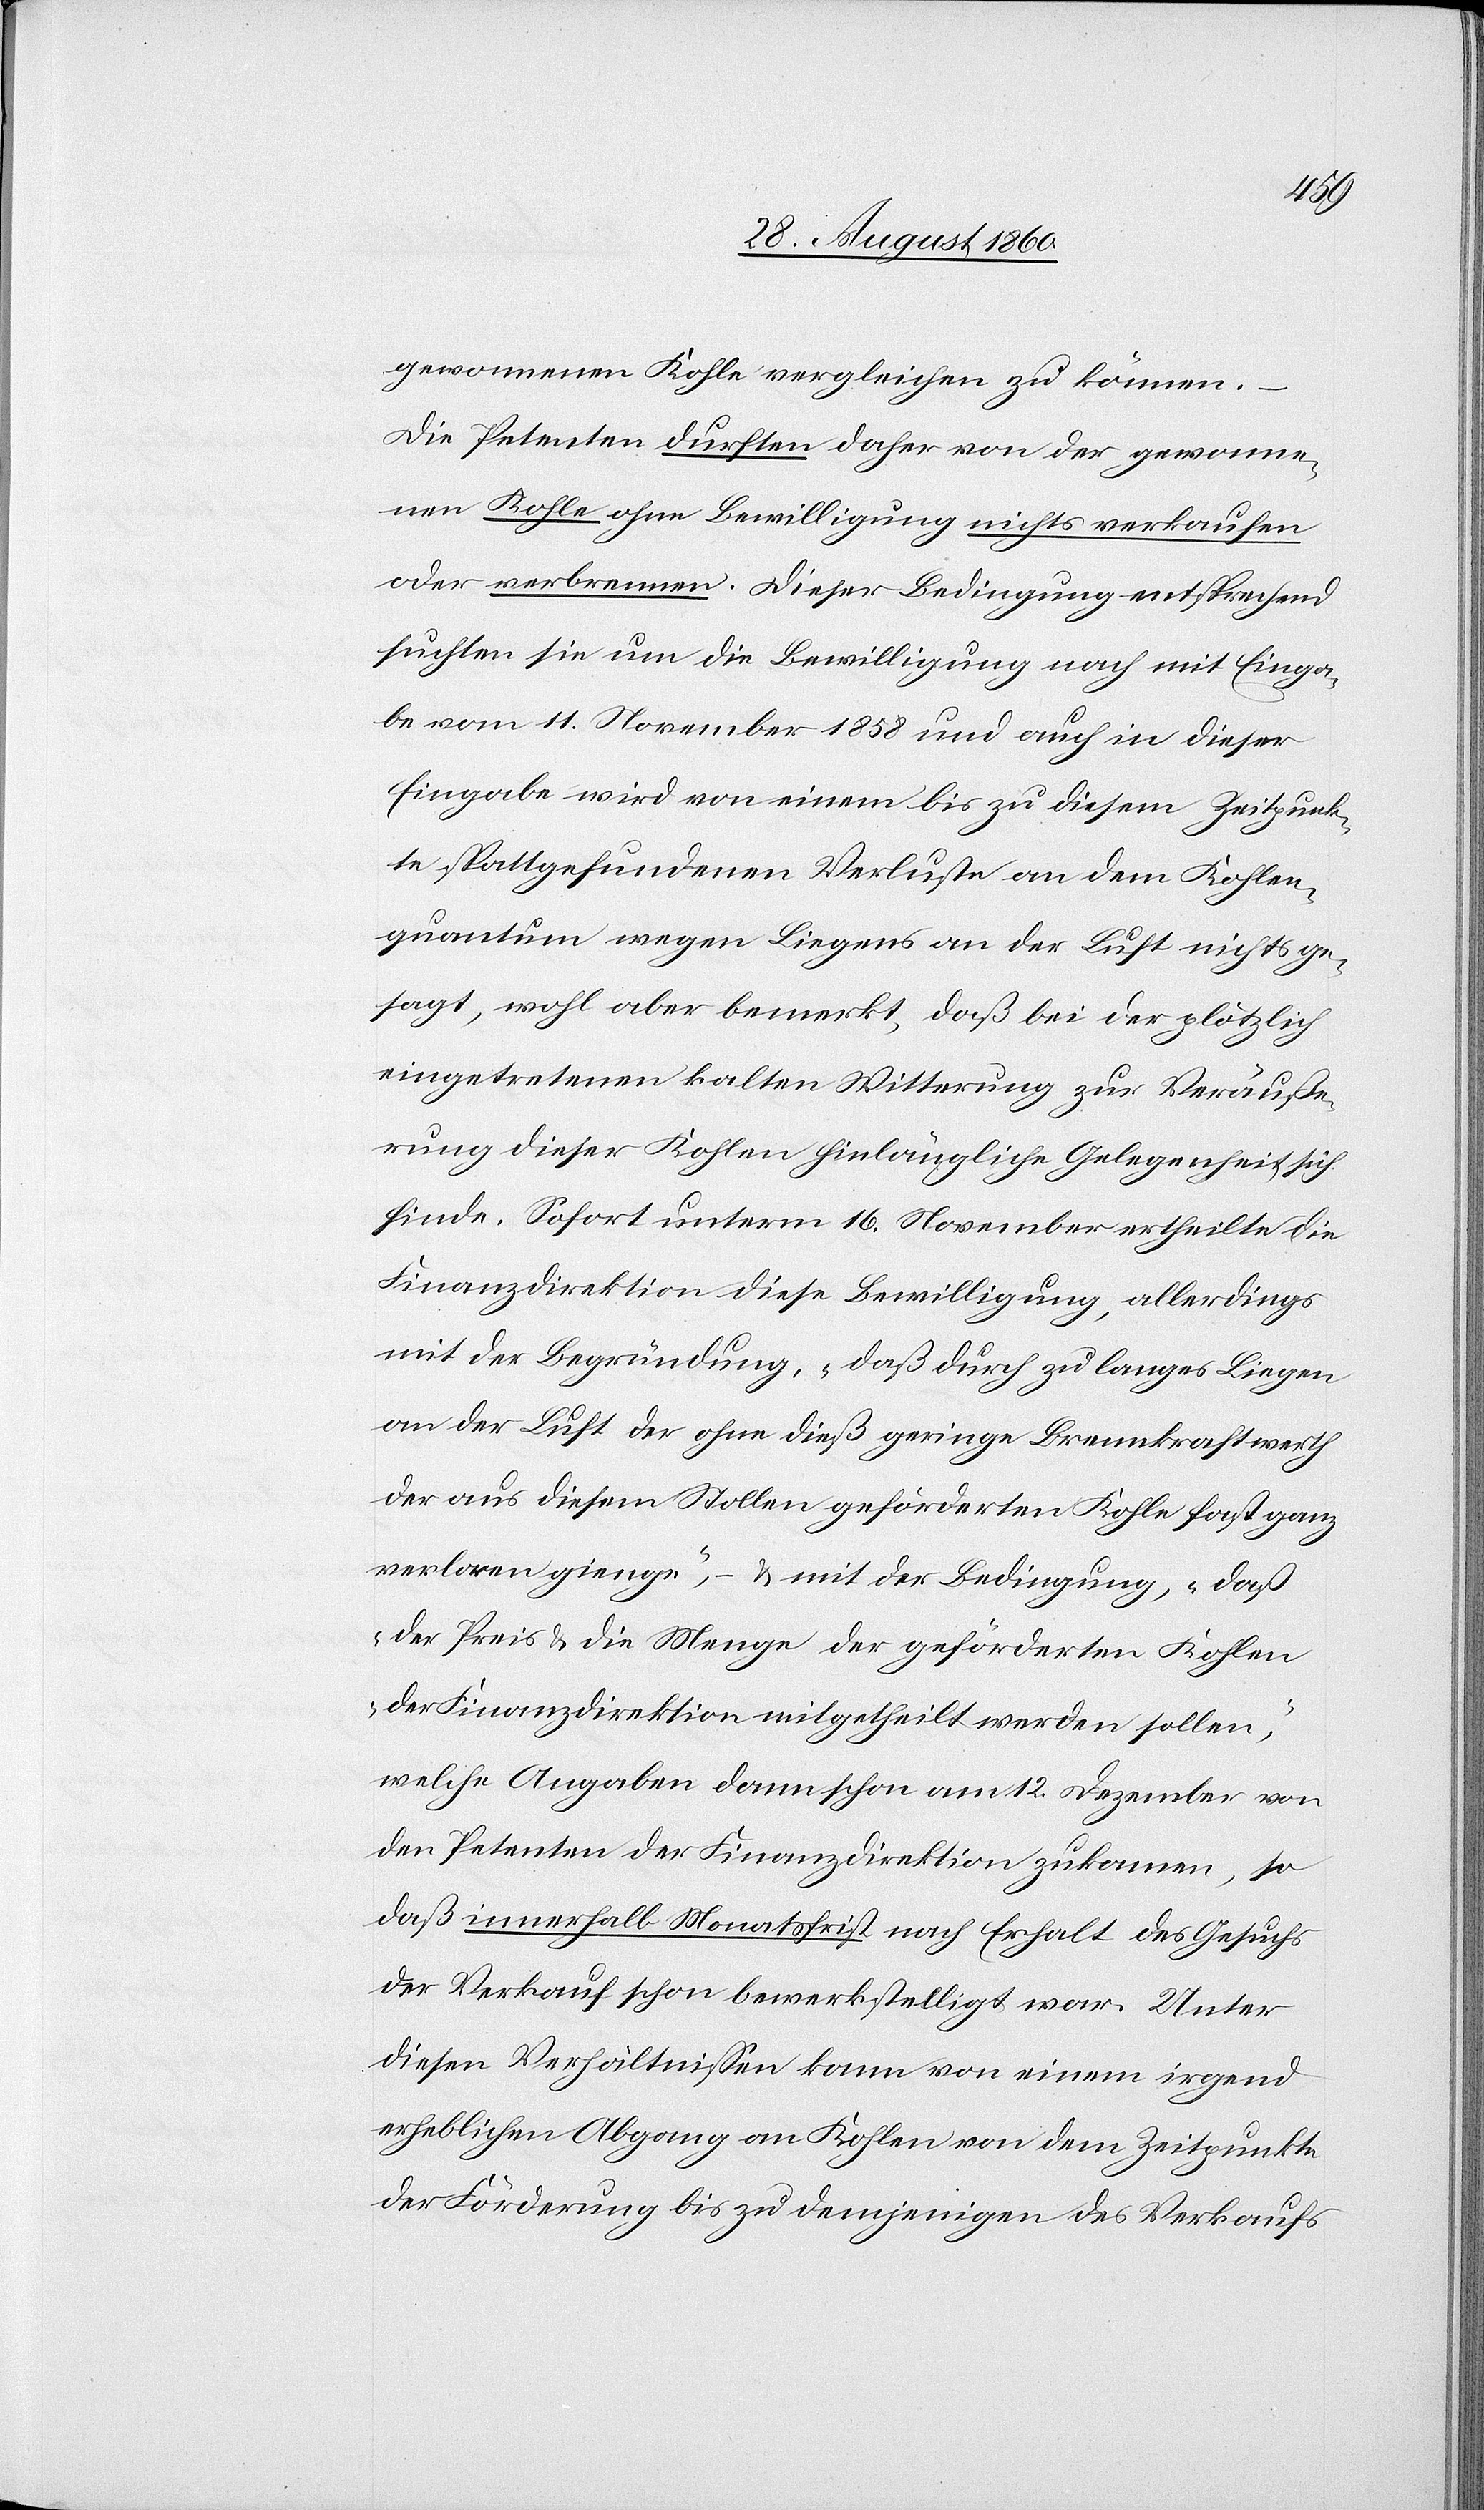
gewonnenen Kohle vergleichen zu können. –
Die Petenten durften daher von der gewonne¬
nen Kohle ohne Bewilligung nichts verkaufen
oder verbrennen. Dieser Bedingung entsprechend
suchten sie um die Bewilligung nach mit Einga¬
be vom 11. November 1858 und auch in dieser
Eingabe wird von einem bis zu diesem Zeitpunk¬
te stattgefundenen Verluste an dem Kohlen¬
quantum wegen Liegens an der Luft nichts ge¬
sagt, wohl aber bemerkt, dass bei der plötzlich
eingetretenen kalten Witterung zur Veräusse¬
rung dieser Kohlen hinlängliche Gelegenheit sich
finde. Sofort unterm 16. November ertheilte die
Finanzdirektion diese Bewilligung, allerdings
mit der Begründung, „dass durch zu langes Liegen
an der Luft der ohne diess geringe Brennkraftwerth
der aus diesem Stollen geförderten Kohle fast ganz
verloren gienge“, – u. mit der Bedingung, „dass
der Preis u. die Menge der geförderten Kohlen
der Finanzdirektion mitgetheilt werden sollen“,
welche Angaben dann schon am 12. Dezember von
den Petenten der Finanzdirektion zukamen, so
dass innerhalb Monatsfrist nach Erhalt des Gesuchs
der Verkauf schon bewerkstelligt war. Unter
diesen Verhältnissen kann von einem irgend
erheblichen Abgang an Kohlen von dem Zeitpunkte
der Förderung bis zu demjenigen des Verkaufs